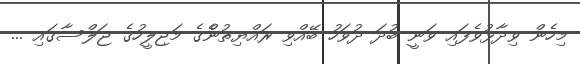
މިހެން ވިދާޅުވެފައި ވަނީ ބުދަ ދުވަހު ބޭއްވި ރައްޔިތުންެގެ މަޖިލީހުގެ ޖަލްސާގައި ...